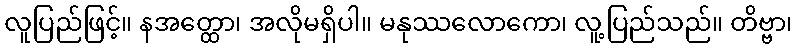
လူပြည်ဖြင့်။ နအတ္ထော၊ အလိုမရှိပါ။ မနုဿလောကော၊ လူ့ပြည်သည်။ တိဗ္ဗာ၊